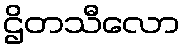
ဌိတသီလော